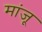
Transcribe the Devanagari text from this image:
मांजू